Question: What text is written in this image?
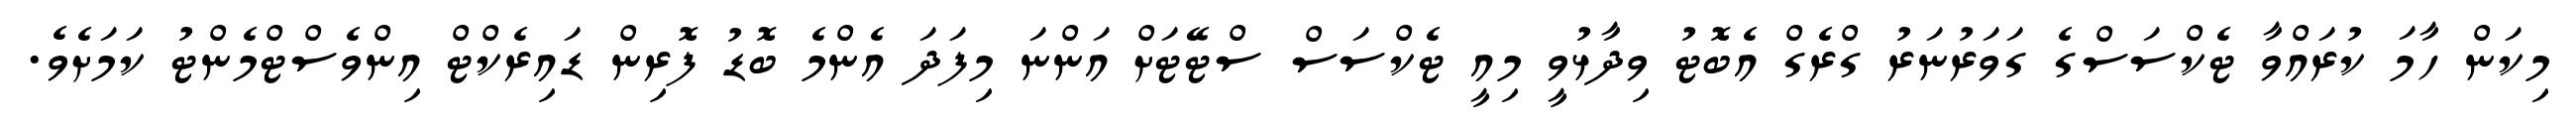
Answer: މިކަން ހާމަ ކުރައްވާ ޓެކްސަސްގެ ގަވަރުނަރު ގްރެގް އެބޮޓު ވިދާޅުވީ މިއީ ޓެކްސަސް ސްޓޭޓަށް އަންނަ މިފަދަ އެންމެ ބޮޑު ފޮރިން ޑައިރެކްޓް އިންވެސްޓްމެންޓު ކަމަށެވެ.